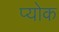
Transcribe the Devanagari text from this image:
प्योक